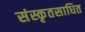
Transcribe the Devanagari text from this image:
संस्कृतसाधित